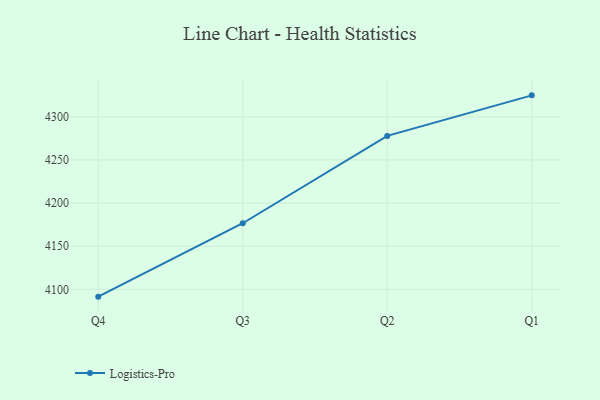
{"axis": {"x": "Quarter", "y": "Satisfaction Score"}, "legend": ["Logistics-Pro"], "data": [{"x": "Q4", "y": 4091.5, "type": "Logistics-Pro"}, {"x": "Q3", "y": 4176.6, "type": "Logistics-Pro"}, {"x": "Q2", "y": 4277.9, "type": "Logistics-Pro"}, {"x": "Q1", "y": 4324.9, "type": "Logistics-Pro"}]}